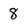
Character: 8